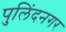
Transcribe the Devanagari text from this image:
पुलिंदनगर